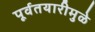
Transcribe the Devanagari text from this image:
पूर्वतयारीमुळे